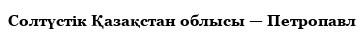
Солтүстік Қазақстан облысы — Петропавл